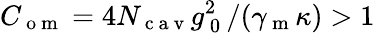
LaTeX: C_{\mathrm{~o~m~}}=4N_{\mathrm{~c~a~v~}}g_{\mathrm{~0~}}^{2}/(\gamma_{\mathrm{~m~}}\kappa)>1